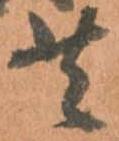
共